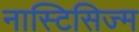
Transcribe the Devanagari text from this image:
नास्टिसिज्म